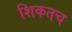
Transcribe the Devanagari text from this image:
शिकतच